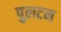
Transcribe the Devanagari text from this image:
पुलटन